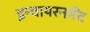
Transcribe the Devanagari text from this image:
इन्वायरनमेंट